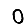
Digit: 0